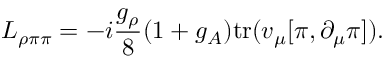
{ \cal L } _ { \rho \pi \pi } = - i \frac { g _ { \rho } } { 8 } ( 1 + g _ { A } ) \mathrm { t r } ( v _ { \mu } [ \pi , \partial _ { \mu } \pi ] ) .